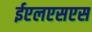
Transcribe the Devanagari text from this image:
ईएलएसएस